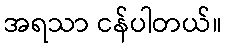
အရသာ ငန်ပါတယ်။